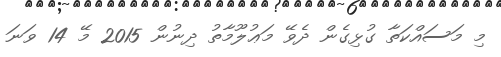
މި މަސައްކަތާ ގުޅިގެން ދެވޭ މަޢުލޫމާތު ދިނުން 2015 މޭ 14 ވަނަ